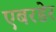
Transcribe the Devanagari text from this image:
एबरडेर